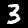
Label: 3